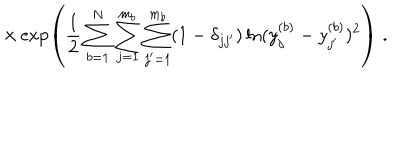
\times \exp \left( \frac { 1 } { 2 } \sum _ { b = 1 } ^ { N } \sum _ { j = 1 } ^ { m _ { b } } \sum _ { j ^ { \prime } = 1 } ^ { m _ { b } } ( 1 - \delta _ { j j ^ { \prime } } ) \ln ( y _ { j } ^ { ( b ) } - y _ { j ^ { \prime } } ^ { ( b ) } ) ^ { 2 } \right) \; .